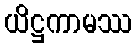
ယိဋ္ဌကာမဿ